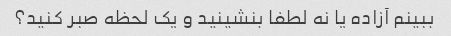
ببینم آزاده یا نه لطفا بنشینید و یک لحظه صبر کنید؟